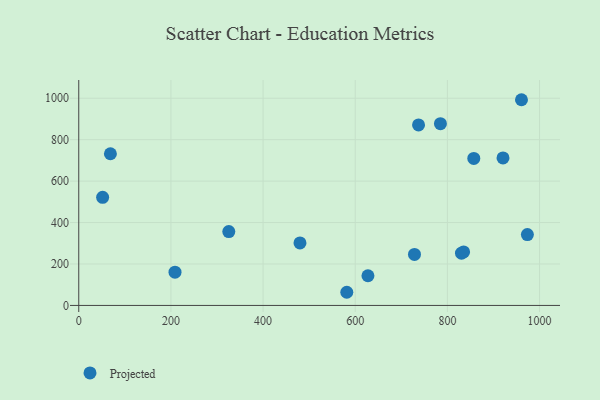
{"axis": {"x": "Study Hours", "y": "Exam Score"}, "legend": ["Projected"], "data": [{"x": "737.4", "y": 871.3, "type": "Projected"}, {"x": "208.9", "y": 160.3, "type": "Projected"}, {"x": "68.7", "y": 732.1, "type": "Projected"}, {"x": "325.6", "y": 356.3, "type": "Projected"}, {"x": "830.6", "y": 252.2, "type": "Projected"}, {"x": "835.2", "y": 258.2, "type": "Projected"}, {"x": "728.6", "y": 246.3, "type": "Projected"}, {"x": "973.6", "y": 342.2, "type": "Projected"}, {"x": "480.1", "y": 301.6, "type": "Projected"}, {"x": "960.8", "y": 992.8, "type": "Projected"}, {"x": "627.6", "y": 143.2, "type": "Projected"}, {"x": "581.7", "y": 63.5, "type": "Projected"}, {"x": "51.8", "y": 521.8, "type": "Projected"}, {"x": "784.9", "y": 877.0, "type": "Projected"}, {"x": "920.7", "y": 711.8, "type": "Projected"}, {"x": "857.3", "y": 709.7, "type": "Projected"}]}